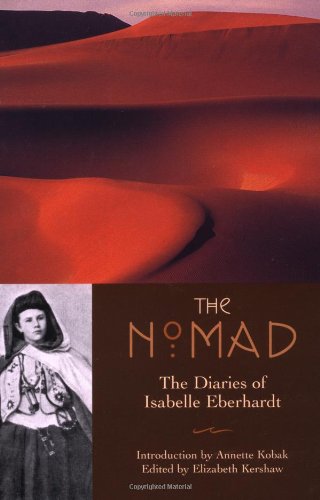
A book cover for The Nomad: The Diaries of Isabelle Eberhardt; Isabelle Eberhardt; History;